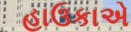
હાઉકાએ